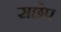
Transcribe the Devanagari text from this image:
सछेप